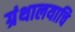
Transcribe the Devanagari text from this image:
ग्रंथालयाचि